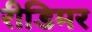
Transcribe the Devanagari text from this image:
रीडिमर